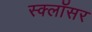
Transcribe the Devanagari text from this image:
स्क्लॉसर